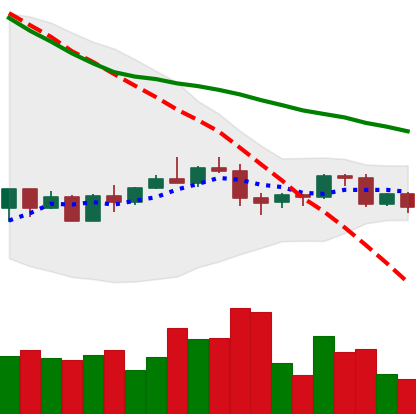
Ticker: BNB-USD
Chart end date: 2022-06-03
Forward return: -3.278%
Label: down_3_5